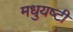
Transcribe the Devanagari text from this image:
मधुयष्‍टी